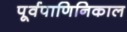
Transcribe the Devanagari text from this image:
पूर्वपाणिनिकाल